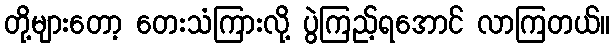
တို့များတော့ တေးသံကြားလို့ ပွဲကြည့်ရအောင် လာကြတယ်။